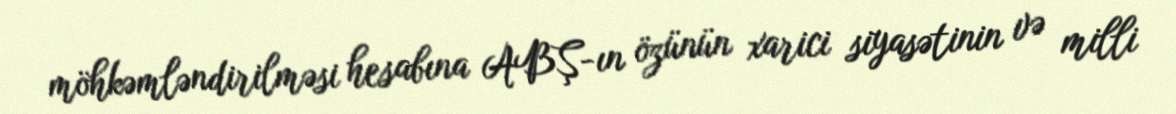
möhkəmləndirilməsi hesabına ABŞ-ın özünün xarici siyasətinin və milli